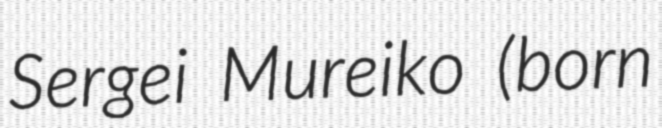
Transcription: Sergei Mureiko (born